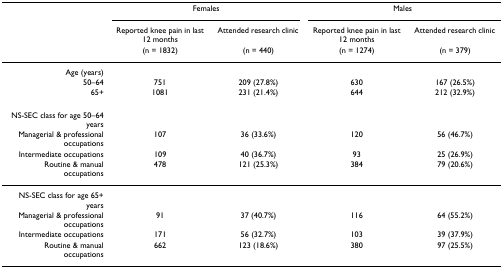
|  | <COLSPAN=2> Females | <COLSPAN=2> Males |
 |  | Reported knee pain in last 12 months | Attended research clinic | Reported knee pain in last 12 months | Attended research clinic |
 |  | (n = 1832) | (n = 440) | (n = 1274) | (n = 379) |
 | --- | --- | --- | --- | --- |
 | Age (years) |  |  |  |  |
 | 50–64 | 751 | 209 (27.8%) | 630 | 167 (26.5%) |
 | 65+ | 1081 | 231 (21.4%) | 644 | 212 (32.9%) |
 | NS-SEC class for age 50–64 years |  |  |  |  |
 | Managerial & professional occupations | 107 | 36 (33.6%) | 120 | 56 (46.7%) |
 | Intermediate occupations | 109 | 40 (36.7%) | 93 | 25 (26.9%) |
 | Routine & manual occupations | 478 | 121 (25.3%) | 384 | 79 (20.6%) |
 | NS-SEC class for age 65+ years |  |  |  |  |
 | Managerial & professional occupations | 91 | 37 (40.7%) | 116 | 64 (55.2%) |
 | Intermediate occupations | 171 | 56 (32.7%) | 103 | 39 (37.9%) |
 | Routine & manual occupations | 662 | 123 (18.6%) | 380 | 97 (25.5%) |